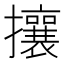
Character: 攘